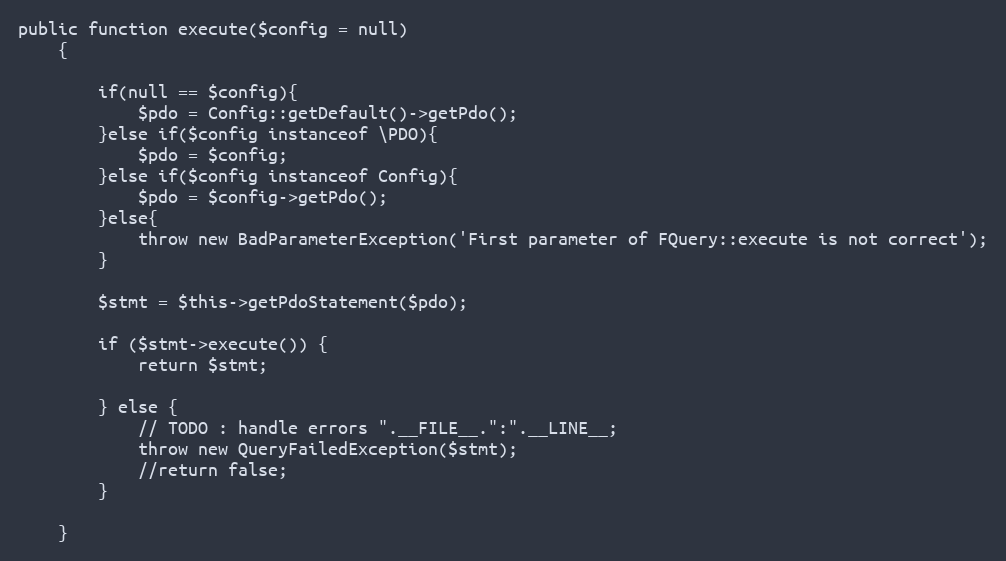
Language: PHP
public function execute($config = null)
    {

        if(null == $config){
            $pdo = Config::getDefault()->getPdo();
        }else if($config instanceof \PDO){
            $pdo = $config;
        }else if($config instanceof Config){
            $pdo = $config->getPdo();
        }else{
            throw new BadParameterException('First parameter of FQuery::execute is not correct');
        }

        $stmt = $this->getPdoStatement($pdo);

        if ($stmt->execute()) {
            return $stmt;

        } else {
            // TODO : handle errors ".__FILE__.":".__LINE__;
            throw new QueryFailedException($stmt);
            //return false;
        }

    }